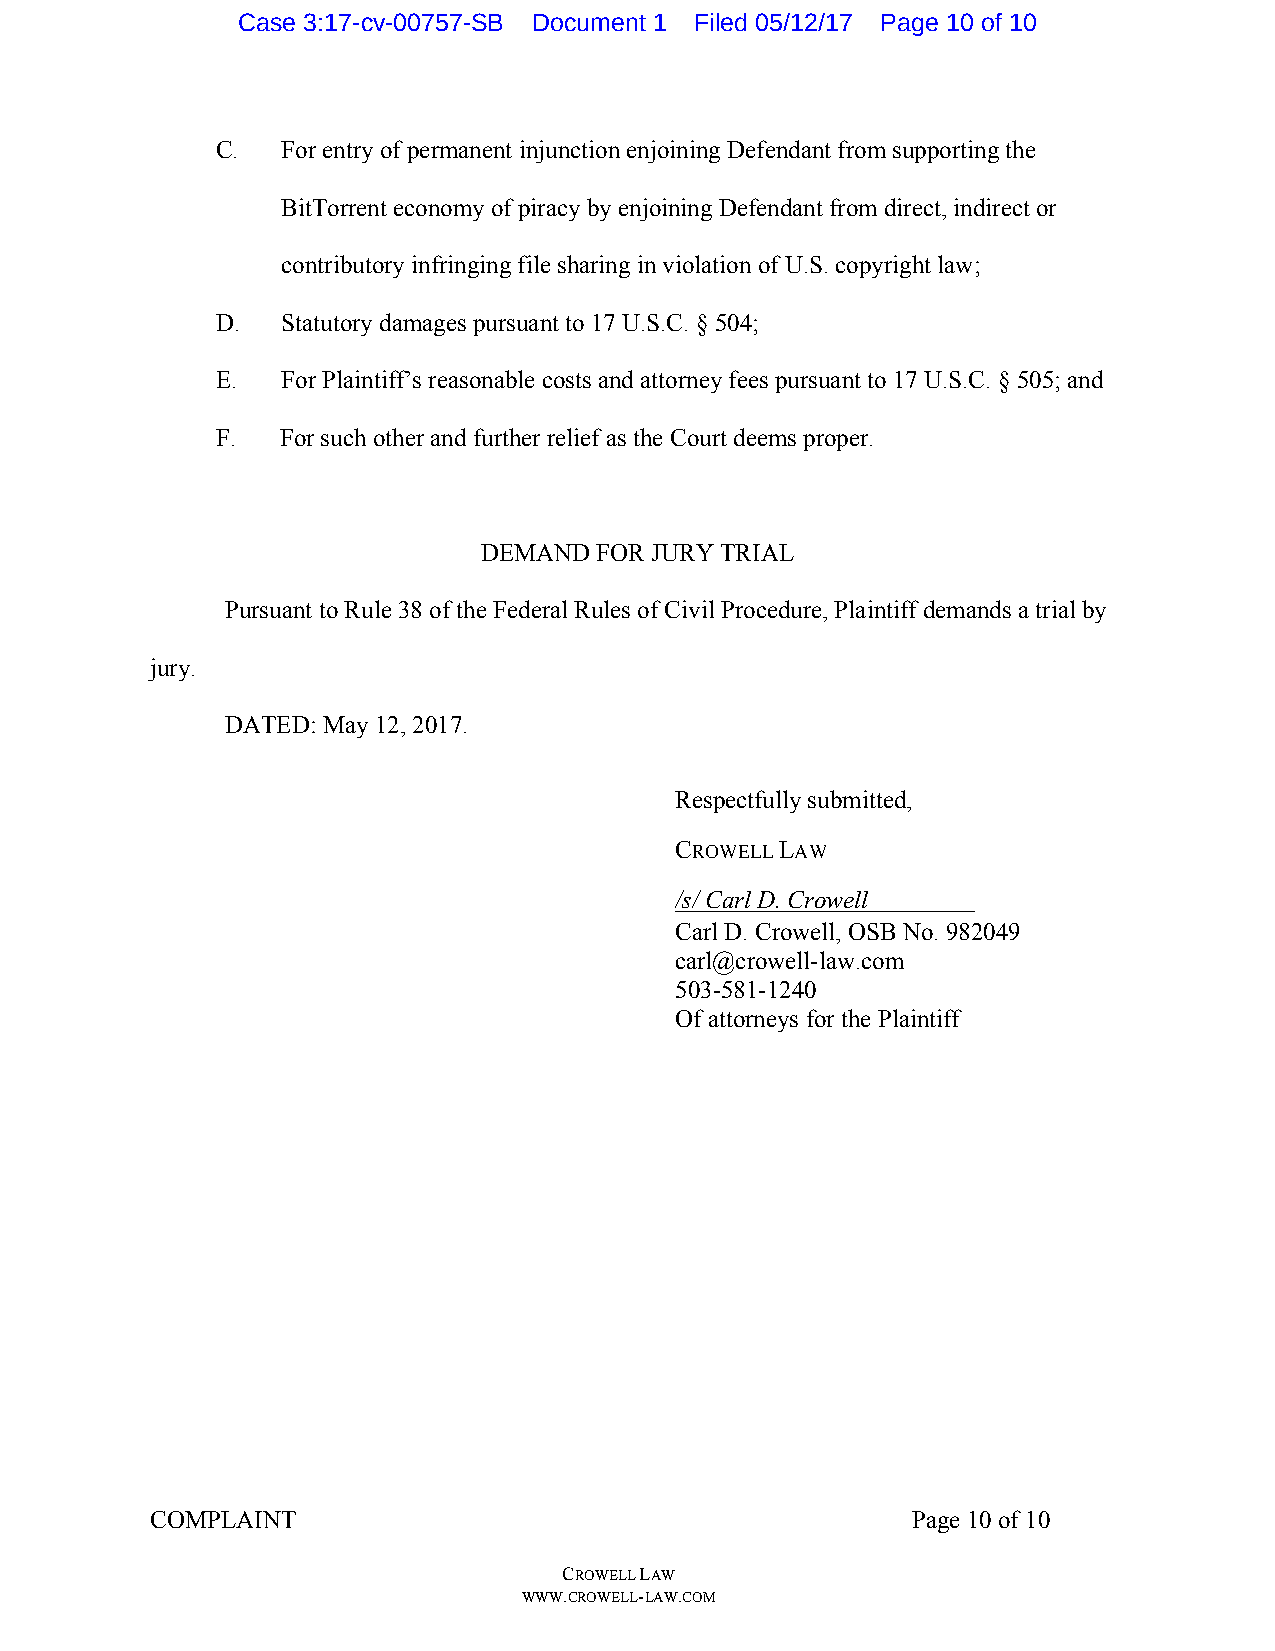
Case 3:17-cv-00757-SB Document 1 Filed 05/12/17 Page 10 of 10
 C.   For entry of permanent injunction enjoining Defendant from supporting the
 BitTorrent economy of piracy by enjoining Defendant from direct, indirect or
 contributory infringing file sharing in violation of U.S. copyright law;
 D.   Statutory damages pursuant to 17 U.S.C. § 504;
 E.   For Plaintiff’s reasonable costs and attorney fees pursuant to 17 U.S.C. § 505; and
 F.   For such other and further relief as the Court deems proper.
 DEMAND  FOR JURY TRIAL
 Pursuant to Rule 38 of the Federal Rules of Civil Procedure, Plaintiff demands a trial by
 jury.
 DATED: May 12, 2017.
 Respectfully submitted,
 CROWELL LAW
 /s/ Carl D. Crowell
 Carl D. Crowell, OSB No. 982049
 carl@crowell-law.com
 503-581-1240
 Of attorneys for the Plaintiff
 COMPLAINT                                         Page 10 of 10
 CROWELL LAW
 WWW.CROWELL-LAW.COM